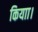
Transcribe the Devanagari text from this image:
कियाा।